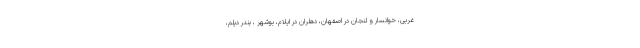
غربی، خوانسار و لنجان در اصفهان، دهلران در ایلام، بوشهر ، بندر دیلم،